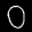
Label: 0